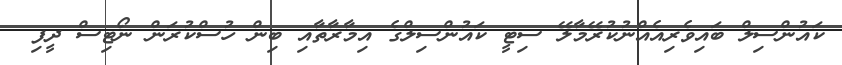
ކައުންސިލް ބައިވެރިއެއްނުކުރޭމާލޭ ސިޓީ ކައުންސިލްގެ އިމާރާތާއި ބިން ހުސްކުރަން ނޯޓިސް ދީފި